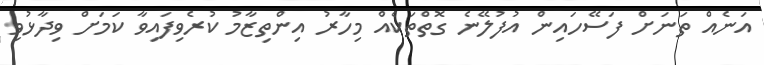
އަނެއް ތަނަށް ފަސޭހައިން އުފުލޭނެ ގޮތްތަކެއް މިހާރު އިންތިޒާމު ކުރެވިފައިވާ ކަމަށް ވިދާޅުވި